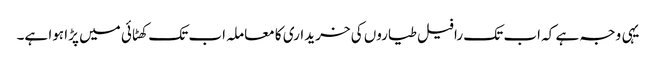
یہی وجہ ہے کہ اب تک رافیل طیاروں کی خریداری کا معاملہ اب تک کھٹائی میں پڑا ہوا ہے۔